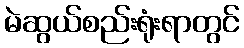
မဲဆွယ်စည်းရုံးရာတွင်